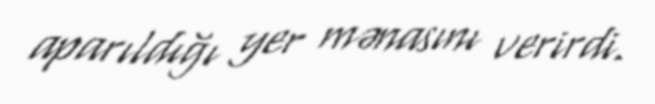
aparıldığı yer mənasını verirdi.